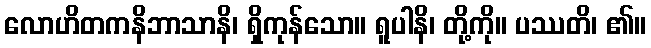
လောဟိတကနိဘာသာနိ၊ ရှိကုန်သော။ ရူပါနိ၊ တို့ကို။ ပဿတိ၊ ၏။